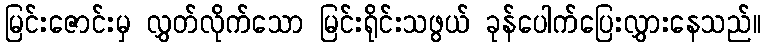
မြင်းဇောင်းမှ လွှတ်လိုက်သော မြင်းရိုင်းသဖွယ် ခုန်ပေါက်ပြေးလွှားနေသည်။